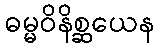
ဓမ္မဝိနိစ္ဆယေန